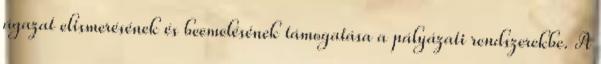
ágazat elismerésének és beemelésének támogatása a pályázati rendszerekbe. A